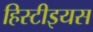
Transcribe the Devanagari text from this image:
हिस्टीइयस